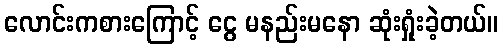
လောင်းကစားကြောင့် ငွေ မနည်းမနော ဆုံးရှုံးခဲ့တယ်။